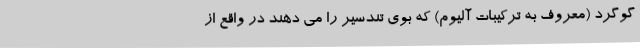
گوگرد (معروف به ترکیبات آلیوم) که بوی تندسیر را می دهند در واقع از